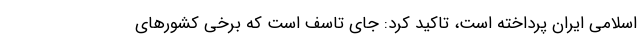
اسلامی ایران پرداخته است، تاکید کرد: جای تاسف است که برخی کشورهای